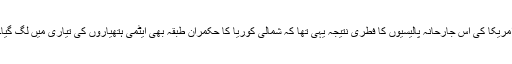
امریکا کی اس جارحانہ پالیسیوں کا فطری نتیجہ یہی تھا کہ شمالی کوریا کا حکمران طبقہ بھی ایٹمی ہتھیاروں کی تیاری میں لگ گیا۔